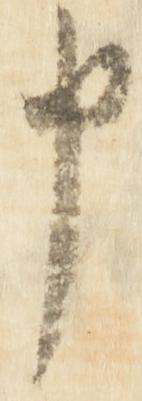
申